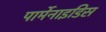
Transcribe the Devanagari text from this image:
पार्मेनाइडिस